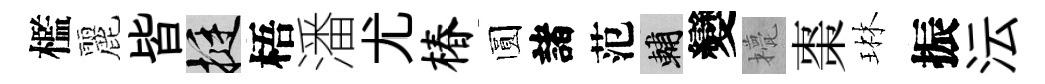
檻麗皆挺梧潘尤椿圆諸范輔變甍棗琳振沄